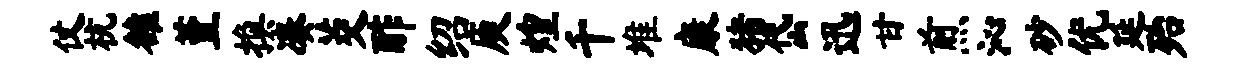
仗杭雒堇换凑茭酢绍庾煌千堆康猪岱迅甘煎沁砂优延殆